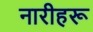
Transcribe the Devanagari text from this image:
नारीहरू